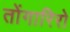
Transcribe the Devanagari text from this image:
तोंगारिरो